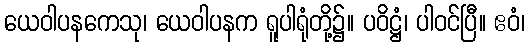
ယေဝါပနကေသု၊ ယေဝါပနက ရူပါရုံတို့၌။ ပဝိဋ္ဌံ၊ ပါဝင်ပြီ။ ဧဝံ၊